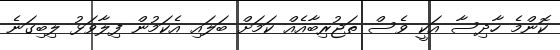
ކޮންމެ ހާދިސާ އަކީ ވެސް ތަޖުރިބާއެއް ކަމަށް ބަލައި އެކަމުން ފިލާވަޅު ލިބިގަނެ